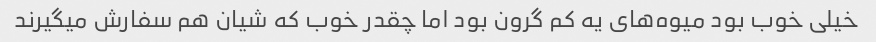
خیلی خوب بود میوه‌های یه کم گرون بود اما چقدر خوب که شیان هم سفارش میگیرند